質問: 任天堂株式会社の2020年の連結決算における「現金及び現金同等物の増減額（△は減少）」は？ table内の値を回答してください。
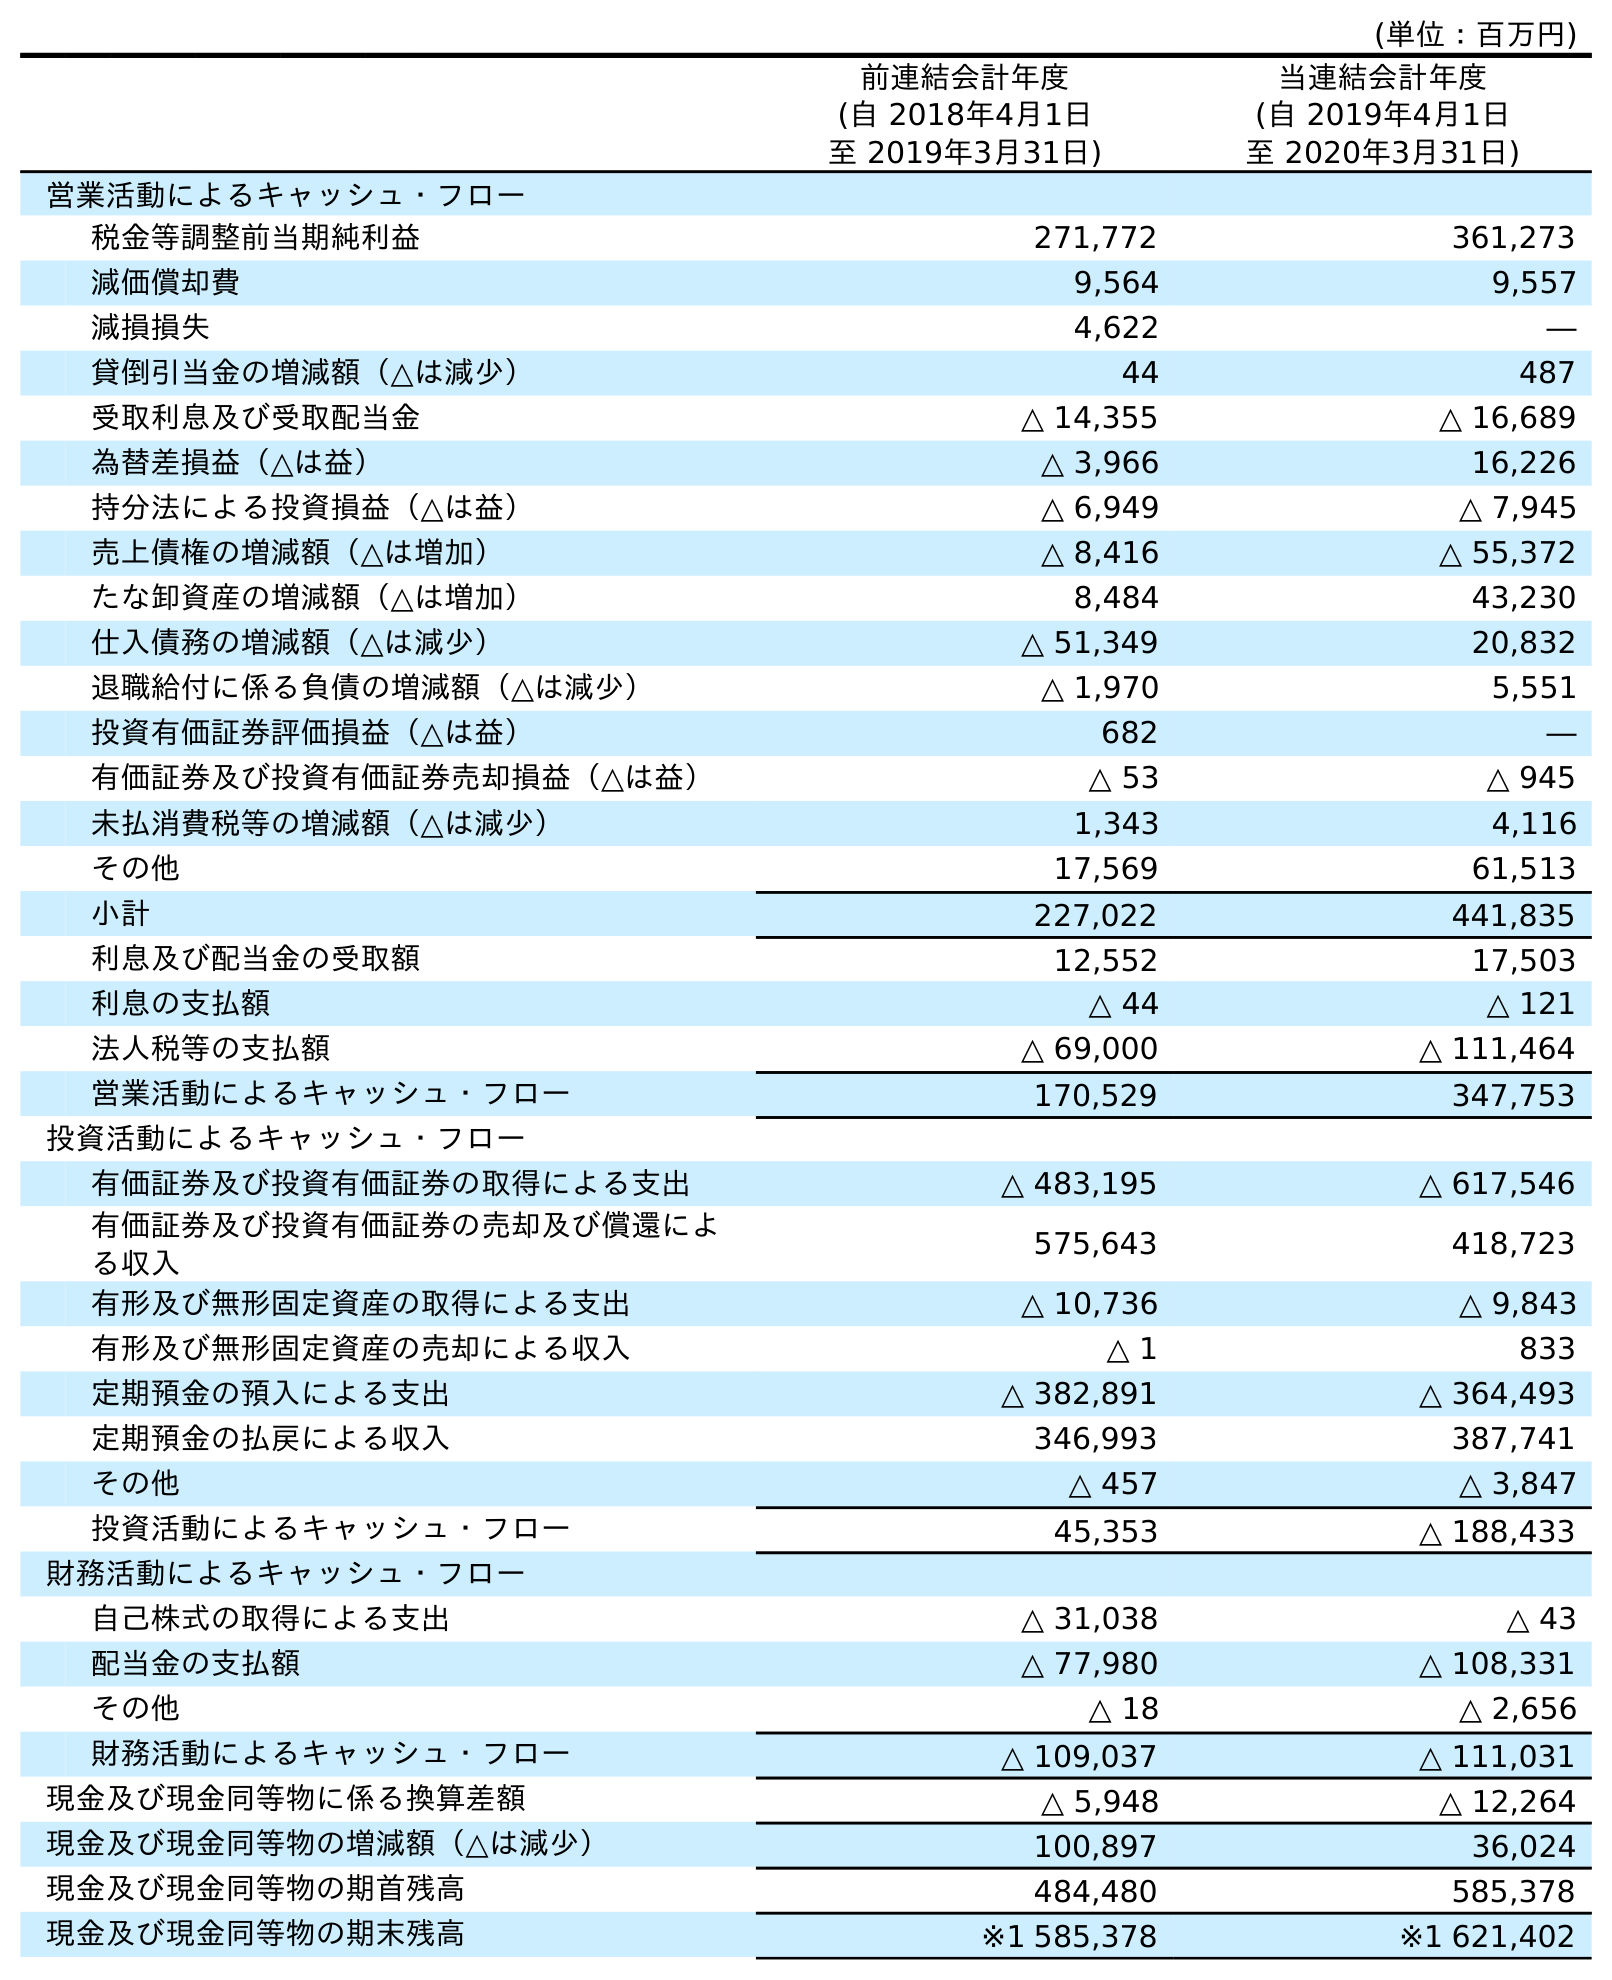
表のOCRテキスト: (単位：百万円) 前連結会計年度 (自 2018年4月1日 至 2019年3月31日) 当連結会計年度 (自 2019年4月1日 至 2020年3月31日) 営業活動によるキャッシュ・フロー 税金等調整前当期純利益 271,772 361,273 減価償却費 9,564 9,557 減損損失 4,622 ― 貸倒引当金の増減額（△は減少） 44 487 受取利息及び受取配当金 △ 14,355 △ 16,689 為替差損益（△は益） △ 3,966 16,226 持分法による投資損益（△は益） △ 6,949 △ 7,945 売上債権の増減額（△は増加） △ 8,416 △ 55,372 たな卸資産の増減額（△は増加） 8,484 43,230 仕入債務の増減額（△は減少） △ 51,349 20,832 退職給付に係る負債の増減額（△は減少） △ 1,970 5,551 投資有価証券評価損益（△は益） 682 ― 有価証券及び投資有価証券売却損益（△は益） △ 53 △ 945 未払消費税等の増減額（△は減少） 1,343 4,116 その他 17,569 61,513 小計 227,022 441,835 利息及び配当金の受取額 12,552 17,503 利息の支払額 △ 44 △ 121 法人税等の支払額 △ 69,000 △ 111,464 営業活動によるキャッシュ・フロー 170,529 347,753 投資活動によるキャッシュ・フロー 有価証券及び投資有価証券の取得による支出 △ 483,195 △ 617,546 有価証券及び投資有価証券の売却及び償還によ る収入 575,643 418,723 有形及び無形固定資産の取得による支出 △ 10,736 △ 9,843 有形及び無形固定資産の売却による収入 △ 1 833 定期預金の預入による支出 △ 382,891 △ 364,493 定期預金の払戻による収入 346,993 387,741 その他 △ 457 △ 3,847 投資活動によるキャッシュ・フロー 45,353 △ 188,433 財務活動によるキャッシュ・フロー 自己株式の取得による支出 △ 31,038 △ 43 配当金の支払額 △ 77,980 △ 108,331 その他 △ 18 △ 2,656 財務活動によるキャッシュ・フロー △ 109,037 △ 111,031 現金及び現金同等物に係る換算差額 △ 5,948 △ 12,264 現金及び現金同等物の増減額（△は減少） 100,897 36,024 現金及び現金同等物の期首残高 484,480 585,378 現金及び現金同等物の期末残高 ※1 585,378 ※1 621,402
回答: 36,024